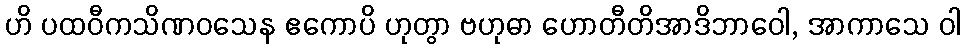
ဟိ ပထဝီကသိဏဝသေန ဧကောပိ ဟုတွာ ဗဟုဓာ ဟောတီတိအာဒိဘာဝေါ, အာကာသေ ဝါ